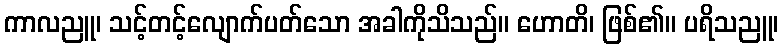
ကာလညူ၊ သင့်တင့်လျောက်ပတ်သော အခါကိုသိသည်။ ဟောတိ၊ ဖြစ်၏။ ပရိသညူ၊